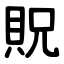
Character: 貺